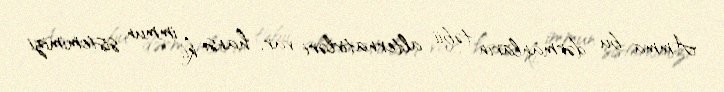
Amma bu dərmanların təbii alternativləri var, hansı ki, immun sistemimizi